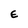
Character: E